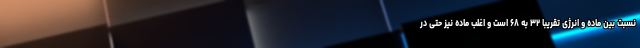
نسبت بین ماده و انرژی تقریباً ۳۲ به ۶۸ است و اغلب ماده نیز حتی در